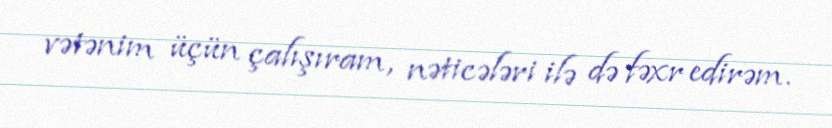
vətənim üçün çalışıram, nəticələri ilə də fəxr edirəm.